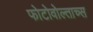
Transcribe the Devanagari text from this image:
फोटोवोल्ताच्स